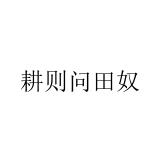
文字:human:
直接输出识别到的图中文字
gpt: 耕则问田奴